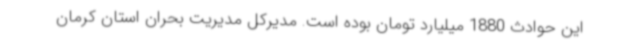
این حوادث 1880 میلیارد تومان بوده است. مدیرکل مدیریت بحران استان کرمان